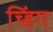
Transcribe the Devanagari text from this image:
च्हिंग